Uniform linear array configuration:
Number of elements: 16
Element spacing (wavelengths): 0.25
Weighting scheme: hamming
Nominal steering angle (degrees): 30
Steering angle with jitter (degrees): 30.945
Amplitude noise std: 0.05
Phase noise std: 0.05

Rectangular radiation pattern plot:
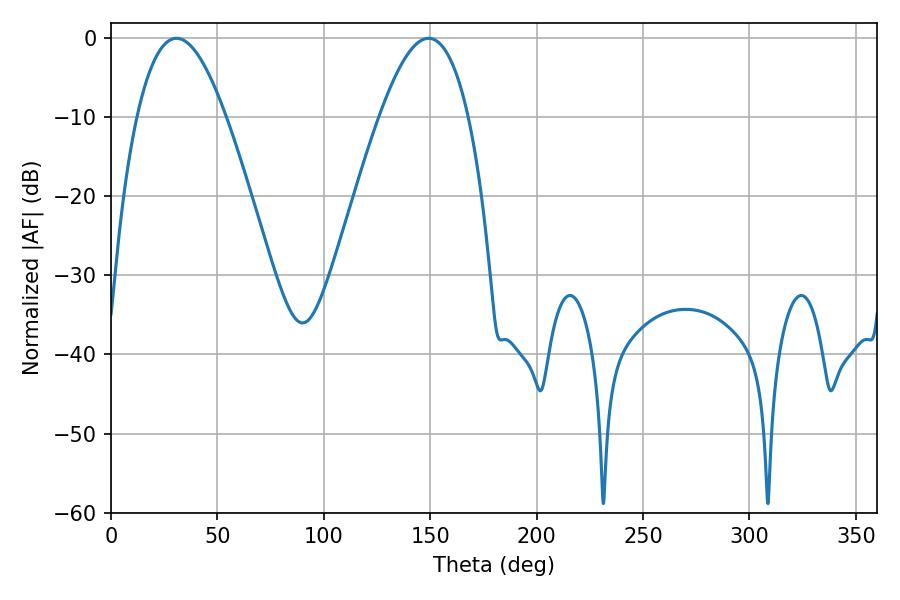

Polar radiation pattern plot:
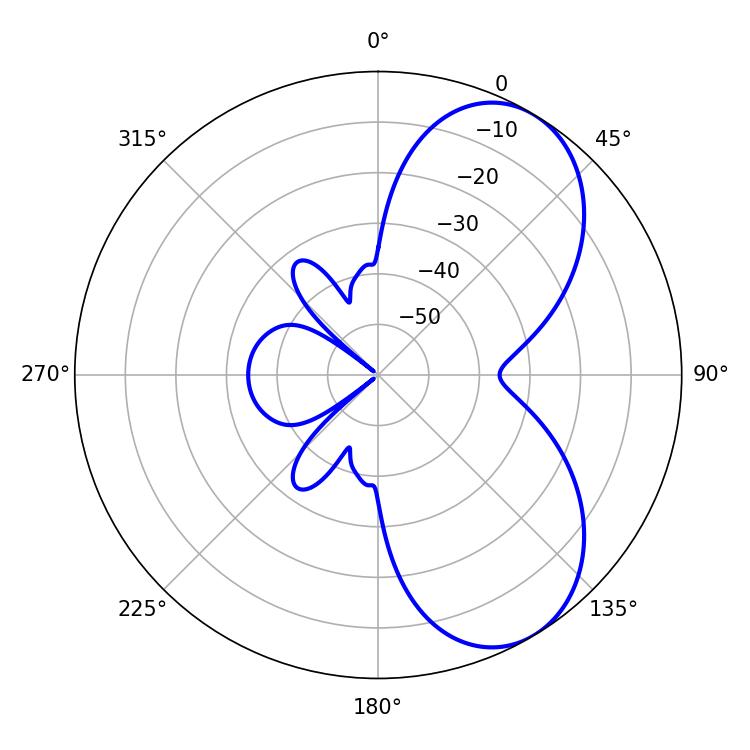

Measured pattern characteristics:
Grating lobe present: FALSE
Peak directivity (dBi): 6.464
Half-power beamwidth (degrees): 22.86
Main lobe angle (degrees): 30.78